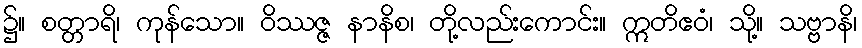
၌။ စတ္တာရိ၊ ကုန်သော။ ဝိဿဇ္ဇ နာနိစ၊ တို့လည်းကောင်း။ ဣတိဧဝံ၊ သို့။ သဗ္ဗာနိ၊